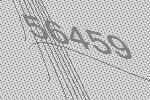
56459